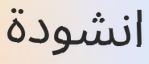
انشودة